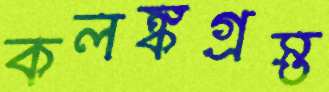
কলঙ্কগ্রস্ত